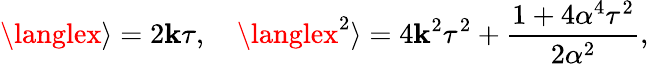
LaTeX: \langlex\rangle=2\mathbf{k}\tau,\quad\langlex^{2}\rangle=4\mathbf{k}^{2}\tau^{2}+\frac{{1+4\alpha^{4}\tau^{2}}}{{2\alpha^{2}}},